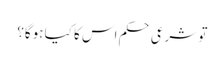
تو شرعی حکم اس کا کیا ہوگا؟